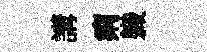
講痢軄